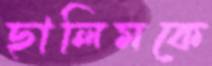
ছালিমকে